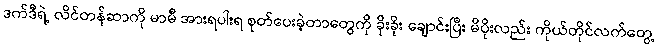
ဒက်ဒီရဲ့ လိင်တန်ဆာကို မာမီ အားရပါးရ စုတ်ပေးခဲ့တာတွေကို ခိုးခိုး ချောင်းပြီး မိပိုးလည်း ကိုယ်တိုင်လက်တွေ့